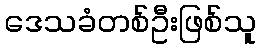
ဒေသခံတစ်ဦးဖြစ်သူ